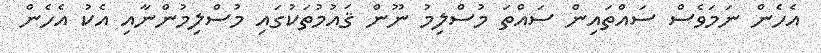
އެހެން ނަމަވެސް ސައްތައިން ސައްތަ މުސްލިމު ނޫން ޤައުމުތަކުގައި މުސްލިމުންނާއި އެކު އެހެން